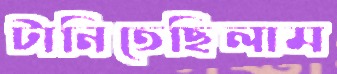
টানিতেছিলাম